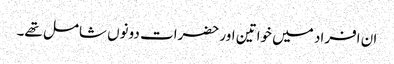
ان افراد میں خواتین اور حضرات دونوں شامل تھے۔